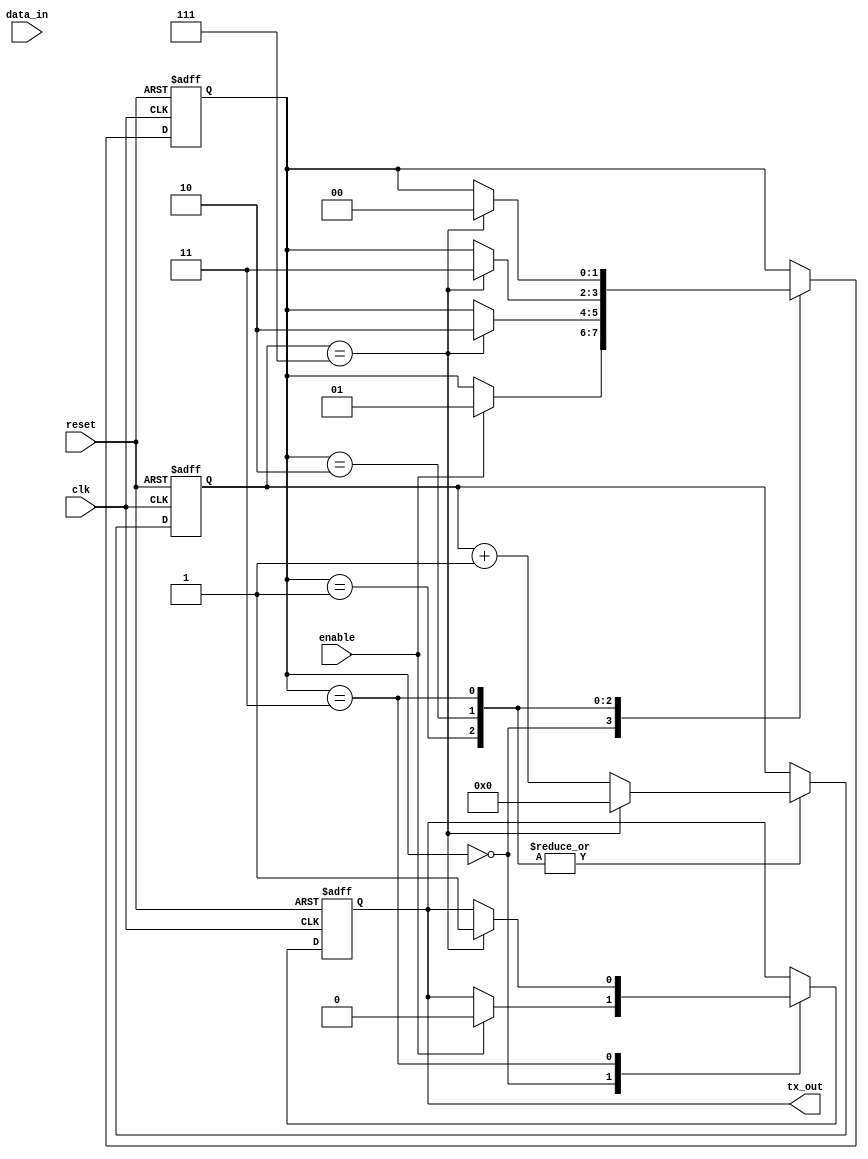
module uart_transmitter (
    input wire clk,
    input wire reset,
    input wire enable,
    input wire [7:0] data_in,
    output reg tx_out
);

// States for state machine
parameter IDLE_STATE = 2'b00;
parameter START_STATE = 2'b01;
parameter DATA_STATE = 2'b10;
parameter STOP_STATE = 2'b11;

reg [1:0] state;
reg [3:0] baud_counter;
reg [2:0] data_shift_reg;
reg tx_bit;

always @ (posedge clk or posedge reset) begin
    if (reset) begin
        state <= IDLE_STATE;
        baud_counter <= 0;
        data_shift_reg <= 0;
        tx_out <= 1'b1; // Start bit
    end else begin
        case (state)
            IDLE_STATE: begin
                if (enable) begin
                    state <= START_STATE;
                    tx_out <= 1'b0;
                end
            end
            START_STATE: begin
                if (baud_counter == 7) begin
                    state <= DATA_STATE;
                    tx_bit <= data_in[0];
                    data_shift_reg <= data_in >> 1;
                    baud_counter <= 0;
                end else begin
                    baud_counter <= baud_counter + 1;
                end
            end
            DATA_STATE: begin
                if (baud_counter == 7) begin
                    state <= STOP_STATE;
                    tx_bit <= 1'b1; // Stop bit
                    baud_counter <= 0;
                end else begin
                    tx_bit <= data_shift_reg[0];
                    data_shift_reg <= data_shift_reg >> 1;
                    baud_counter <= baud_counter + 1;
                end
            end
            STOP_STATE: begin
                if (baud_counter == 7) begin
                    state <= IDLE_STATE;
                    baud_counter <= 0;
                    tx_out <= 1'b1; // Start bit
                end else begin
                    baud_counter <= baud_counter + 1;
                end
            end
        endcase
    end
end

endmodule